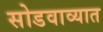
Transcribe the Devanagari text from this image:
सोडवाव्यात